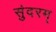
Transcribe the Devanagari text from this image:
सुंदरम्‌